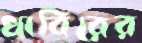
খাবিরের